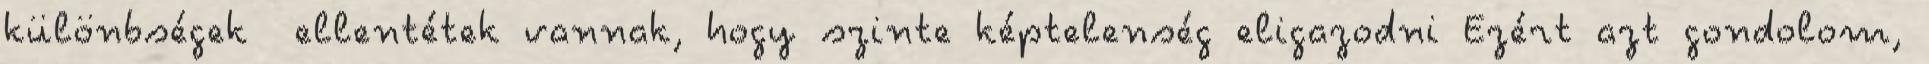
különbségek ellentétek vannak, hogy szinte képtelenség eligazodni Ezért azt gondolom,